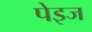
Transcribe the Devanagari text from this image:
पेइज